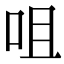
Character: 咀